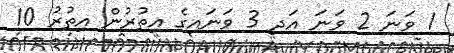
1 ވަނަ 2 ވަނަ އަދި 3 ވަނައިގެ އިތުރުން އިތުރު 10